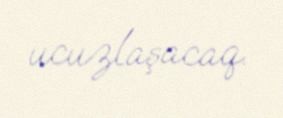
ucuzlaşacaq.